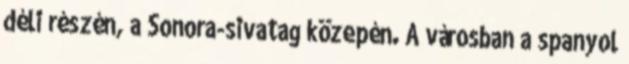
déli részén, a Sonora-sivatag közepén. A városban a spanyol